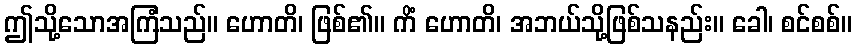
ဤသို့သောအကြံသည်။ ဟောတိ၊ ဖြစ်၏။ ကိံ ဟောတိ၊ အဘယ်သို့ဖြစ်သနည်း။ ခေါ၊ စင်စစ်။